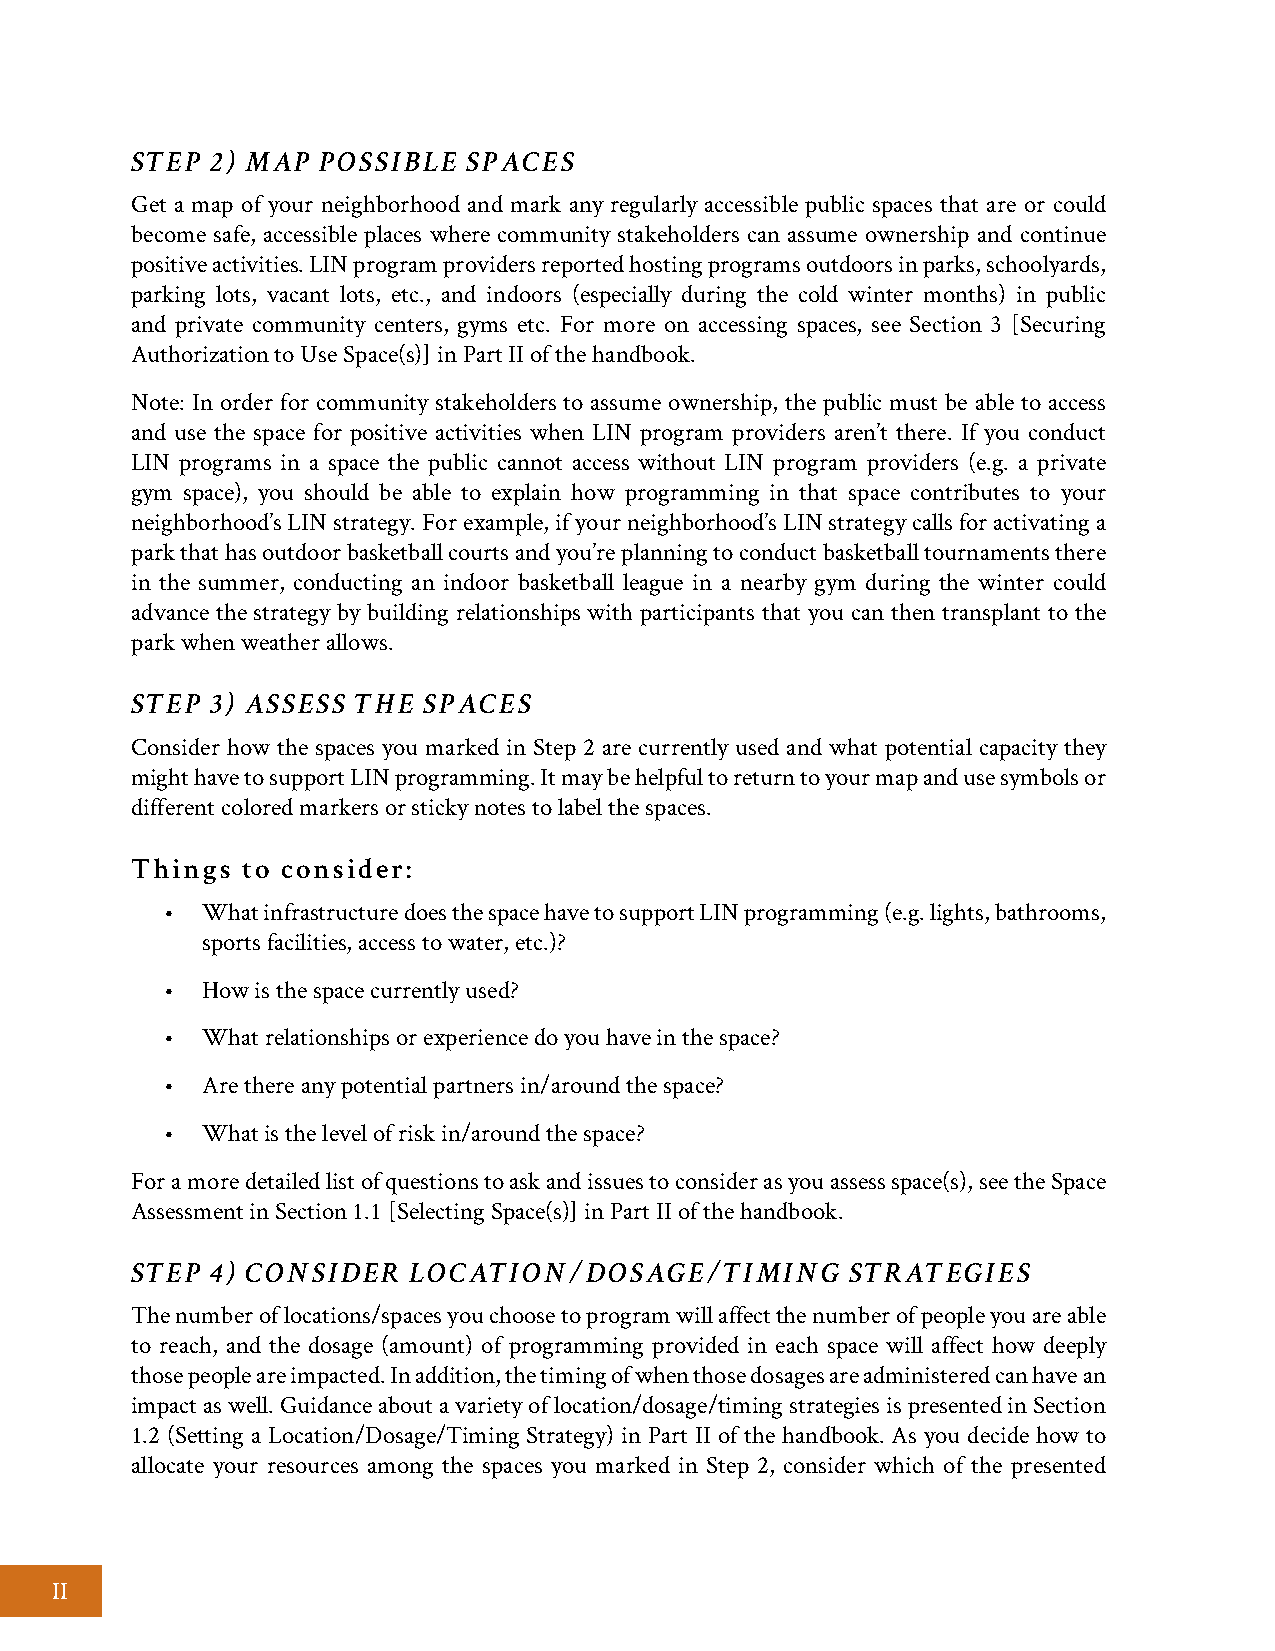
STEP 2) MAP POSSIBLE  SPACES
 Get a map of your neighborhood and mark any regularly accessible public spaces that are or could
 become safe, accessible places where community stakeholders can assume ownership and continue
 positive activities. LIN program providers reported hosting programs outdoors in parks, schoolyards,
 parking lots, vacant lots, etc., and indoors (especially during the cold winter months) in public
 and private community centers, gyms etc. For more on accessing spaces, see Section 3 [Securing
 Authorization to Use Space(s)] in Part II of the handbook.
 Note: In order for community stakeholders to assume ownership, the public must be able to access
 and use the space for positive activities when LIN program providers aren’t there. If you conduct
 LIN programs in a space the public cannot access without LIN program providers (e.g. a private
 gym space), you should be able to explain how programming in that space contributes to your
 neighborhood’s LIN strategy. For example, if your neighborhood’s LIN strategy calls for activating a
 park that has outdoor basketball courts and you’re planning to conduct basketball tournaments there
 in the summer, conducting an indoor basketball league in a nearby gym during the winter could
 advance the strategy by building relationships with participants that you can then transplant to the
 park when weather allows.
 STEP 3) ASSESS THE SPACES
 Consider how the spaces you marked in Step 2 are currently used and what potential capacity they
 might have to support LIN programming. It may be helpful to return to your map and use symbols or
 different colored markers or sticky notes to label the spaces.
 Things to consider:
 • What infrastructure does the space have to support LIN programming (e.g. lights, bathrooms,
 sports facilities, access to water, etc.)?
 • How is the space currently used?
 • What relationships or experience do you have in the space?
 • Are there any potential partners in/around the space?
 • What is the level of risk in/around the space?
 For a more detailed list of questions to ask and issues to consider as you assess space(s), see the Space
 Assessment in Section 1.1 [Selecting Space(s)] in Part II of the handbook.
 STEP 4) CONSIDER  LOCATION/DOSAGE/TIMING       STRATEGIES
 The number of locations/spaces you choose to program will affect the number of people you are able
 to reach, and the dosage (amount) of programming provided in each space will affect how deeply
 those people are impacted. In addition, the timing of when those dosages are administered can have an
 impact as well. Guidance about a variety of location/dosage/timing strategies is presented in Section
 1.2 (Setting a Location/Dosage/Timing Strategy) in Part II of the handbook. As you decide how to
 allocate your resources among the spaces you marked in Step 2, consider which of the presented
 II